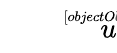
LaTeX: \sqrt[[objectObject]]{u}